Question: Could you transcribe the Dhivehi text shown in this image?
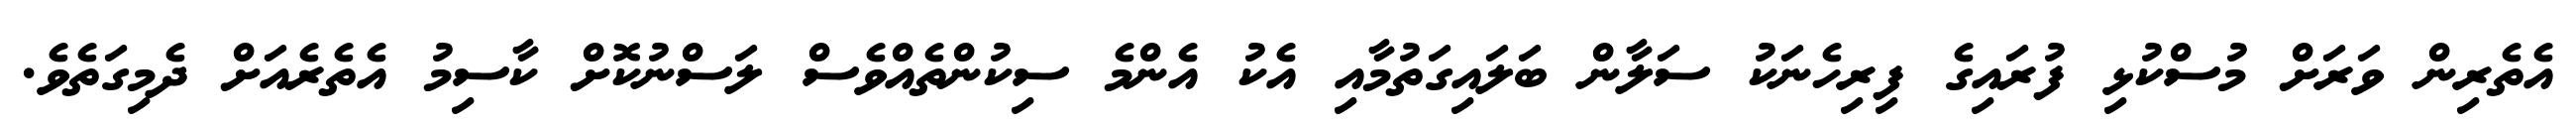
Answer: އެތެރިން ވަރަށް މުސްކުޅި ފުރައިގެ ފިރިހެނަކު ސަލާން ބަލައިގަތުމާއި އެކު އެންމެ ސިކުންތެއްވެސް ލަސްނުކޮށް ކާސިމު އެތެރެއަށް ދެމިގަތެވެ.